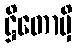
ဋ္ဌိတောမှိ